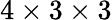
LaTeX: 4\times 3\times 3